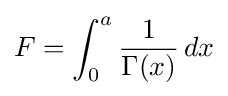
F=\int _{0}^{a}{\frac {1}{\Gamma (x)}}\,dx